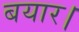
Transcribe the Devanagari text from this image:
बयार।